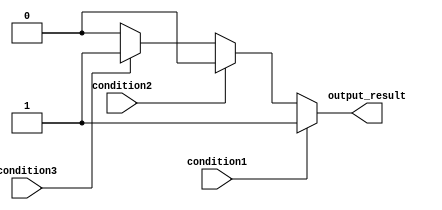
module multiple_if_else (
    input wire condition1,
    input wire condition2,
    input wire condition3,
    output reg output_result
);

always @(*) begin
    if (condition1) begin
        output_result = 1;
    end else if (condition2) begin
        output_result = 2;
    end else if (condition3) begin
        output_result = 3;
    end else begin
        output_result = 0; // default action if none of the conditions are true
    end
end

endmodule